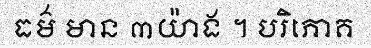
ធម៌ មាន ៣យ៉ាង ។ បរិភោគ